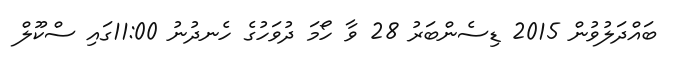
ބައްދަލުވުން 2015 ޑިސެންބަރު 28 ވާ ހޯމަ ދުވަހުގެ ހެނދުނު 11:00ގައި ސްކޫލް